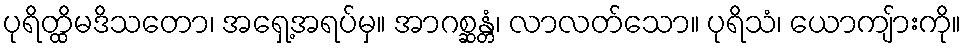
ပုရိတ္ထိမဒိသတော၊ အရှေ့အရပ်မှ။ အာဂစ္ဆန္တံ၊ လာလတ်သော။ ပုရိသံ၊ ယောကျ်ားကို။